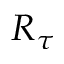
R _ { \tau }